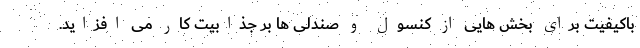
باکیفیت برای بخش هایی از کنسول و صندلی ها بر جذابیت کار می افزاید.